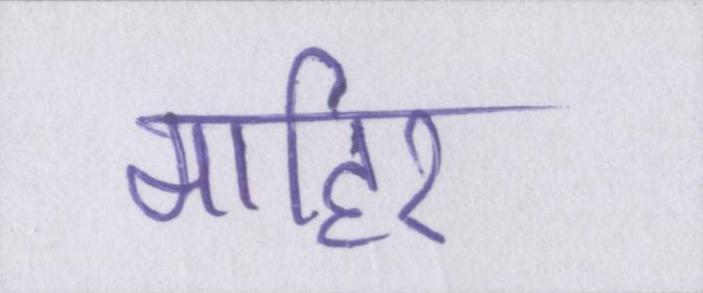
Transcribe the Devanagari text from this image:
माहिर